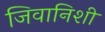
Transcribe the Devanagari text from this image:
जिवानिशी